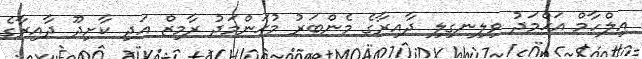
އިލްހާމް އަޙްމަދު ވިލިނގިލި ދާއިރާގެ މެންބަރު މުޙަންމަދު ރާމިޒް އަދި ކާށިދޫ ދާއިރާގެ